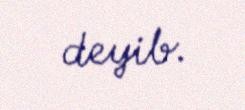
deyib.